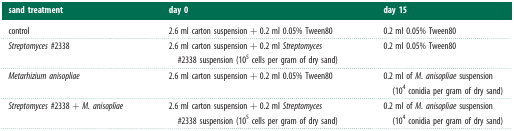
| sand treatment | day 0 | day 15 |
 | --- | --- | --- |
 | control | 2.6 ml carton suspension + 0.2 ml 0.05% Tween80 | 0.2 ml 0.05% Tween80 |
 | Streptomyces #2338 | 2.6 ml carton suspension + 0.2 ml Streptomyces #2338 suspension (105 cells per gram of dry sand) | 0.2 ml 0.05% Tween80 |
 | Metarhizium anisopliae | 2.6 ml carton suspension + 0.2 ml 0.05% Tween80 | 0.2 ml of M. anisopliae suspension (104 conidia per gram of dry sand) |
 | Streptomyces #2338 + M. anisopliae | 2.6 ml carton suspension + 0.2 ml Streptomyces #2338 suspension (105 cells per gram of dry sand) | 0.2 ml of M. anisopliae suspension (104 conidia per gram of dry sand) |